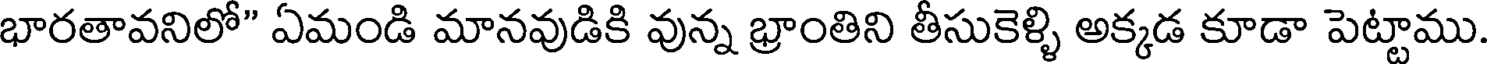
భారతావనిలో" ఏమండి మానవుడికి వున్న భ్రాంతిని తీసుకెళ్ళి అక్కడ కూడా పెట్టాము